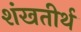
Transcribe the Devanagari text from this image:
शंखतीर्थ